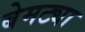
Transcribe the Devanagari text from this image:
बेमट्या